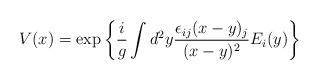
LaTeX: \begin{align*}V(x)=\exp\left\{\frac{i}{g}\int d^2y\frac{\epsilon_{ij}(x-y)_j}{(x-y)^2}E_i(y)\right\}\end{align*}